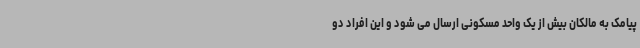
پیامک به مالکان بیش از یک واحد مسکونی ارسال می شود و این افراد دو